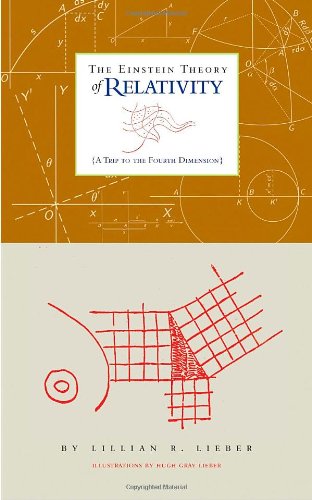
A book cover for The Einstein Theory of Relativity: A Trip to the Fourth Dimension; Lillian R. Lieber; Science & Math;